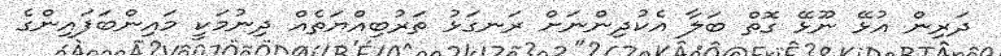
ދަރިން އުޅޭ ނޫޅޭ ގޮތް ބަލާ އެކުދިންނަށް ރަނގަޅު ތަރުބިއްޔަތެއް ދިނުމަކީ މައިންބަފައިންގެ